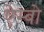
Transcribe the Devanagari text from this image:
ऐम्बो